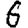
Digit: 6